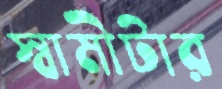
স্বামীটার